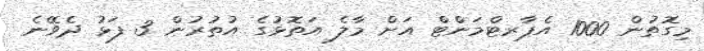
މިގޮތުން 1000 އެޕާރޓްމަންޓް އަށް މާލެ އަތޮޅުގެ އުތުރުން 3 ފަޅު ދެވޭނެ